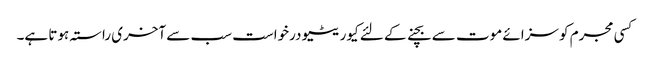
کسی مجرم کو سزائے موت سے بچنے کے لئے کیوریٹیو درخواست سب سے آخری راستہ ہوتا ہے۔